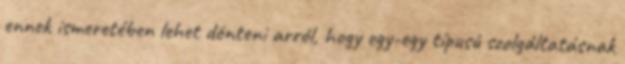
ennek ismeretében lehet dönteni arról, hogy egy-egy típusú szolgáltatásnak